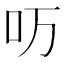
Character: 𱒀